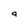
Character: 9